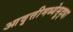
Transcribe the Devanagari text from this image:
आवृत्तीमध्येसुद्धा